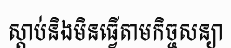
ស្តាប់និងមិនធ្វើតាមកិច្ចសន្យា